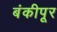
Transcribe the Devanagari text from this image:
बंकीपूर